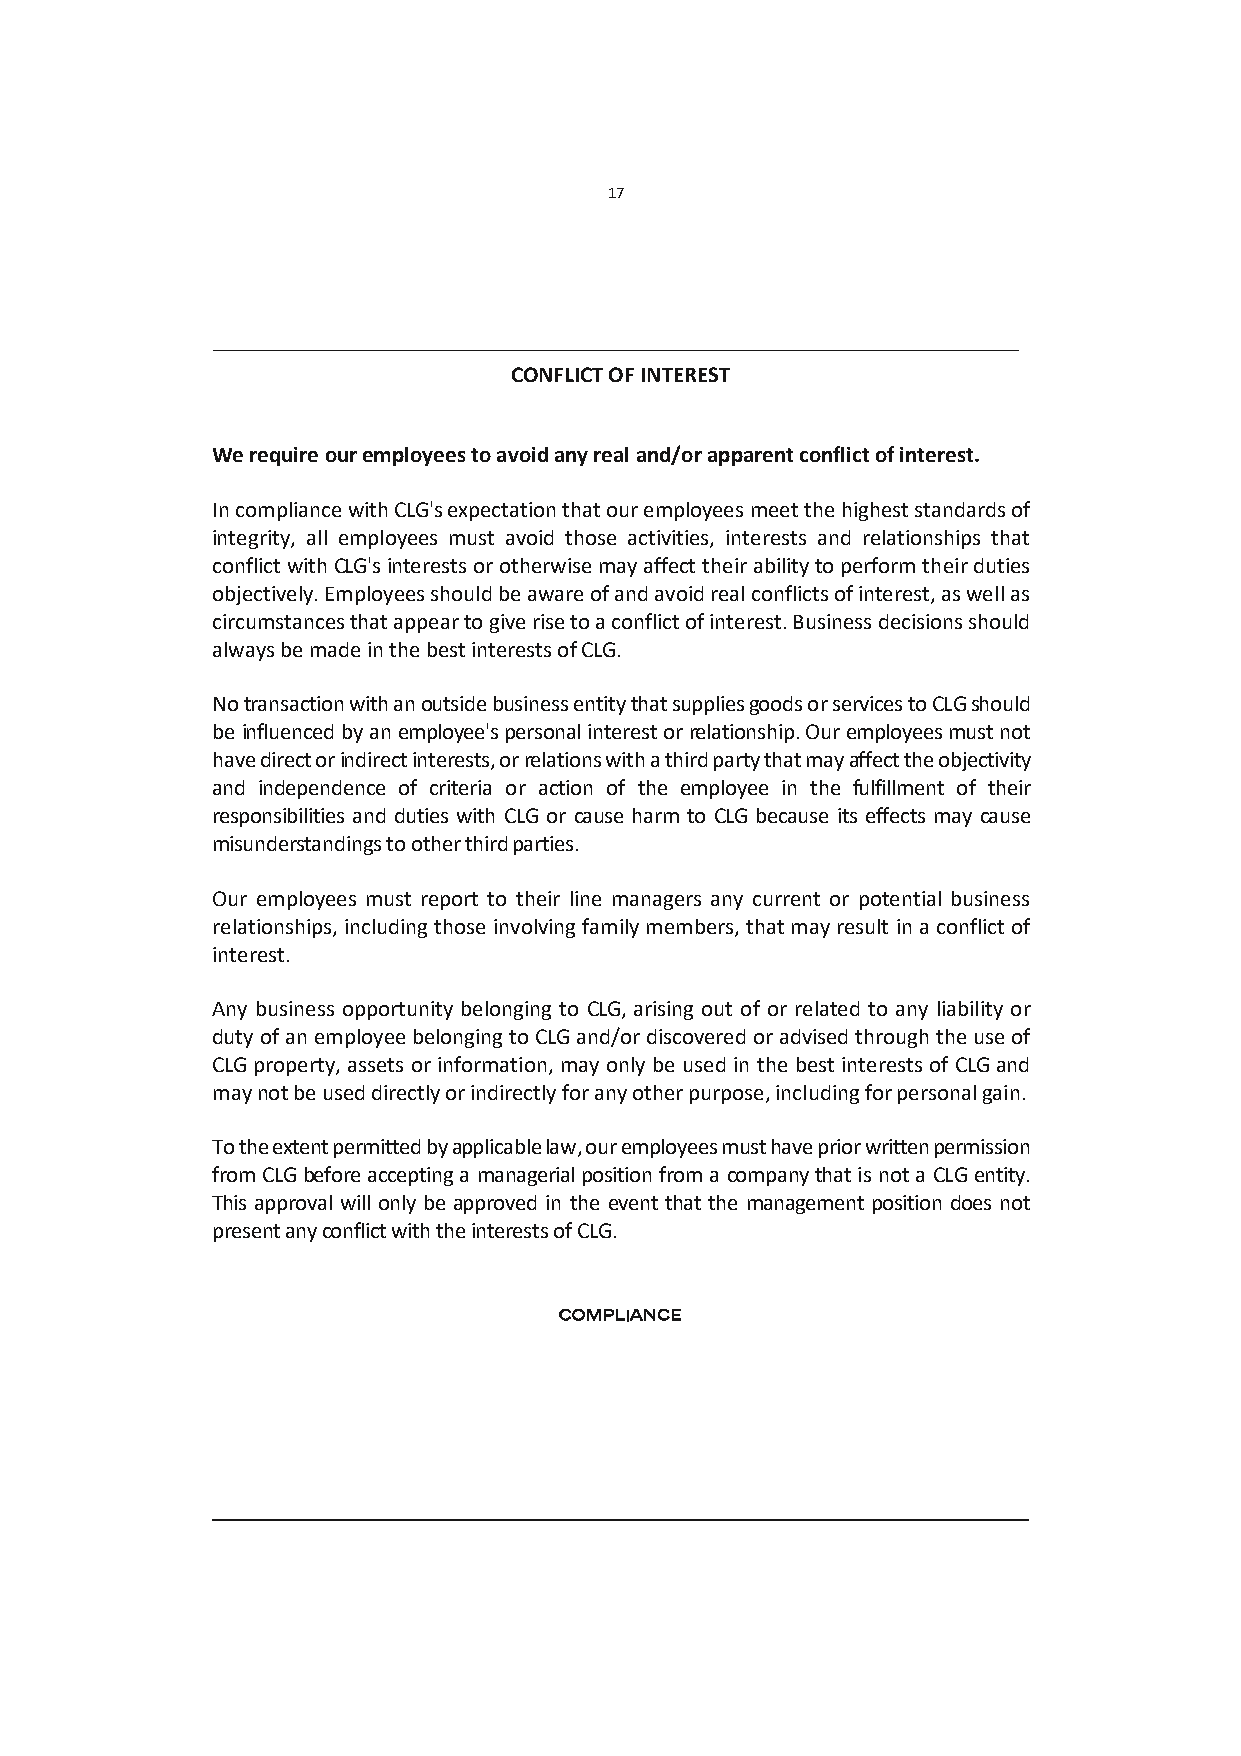
17
 CONFLICT OF INTEREST
 We require our employees to avoid any real and/or apparent conflict of interest.
 In compliance with CLG's expectation that our employees meet the highest standards of
 integrity, all employees must avoid those activities, interests and relationships that
 conflict with CLG's interests or otherwise may affect their ability to perform their duties
 objectively. Employees should be aware of and avoid real conflicts of interest, as well as
 circumstances that appear to give rise to a conflict of interest. Business decisions should
 always be made in the best interests of CLG.
 No transaction with an outside business entity that supplies goods or services to CLG should
 be influenced by an employee's personal interest or relationship. Our employees must not
 have direct or indirect interests, or relations with a third party that may affect the objectivity
 and independence of criteria or action of the employee in the fulfillment of their
 responsibilities and duties with CLG or cause harm to CLG because its effects may cause
 misunderstandings to other third parties.
 Our employees must report to their line managers any current or potential business
 relationships, including those involving family members, that may result in a conflict of
 interest.
 Any business opportunity belonging to CLG, arising out of or related to any liability or
 duty of an employee belonging to CLG and/or discovered or advised through the use of
 CLG property, assets or information, may only be used in the best interests of CLG and
 may not be used directly or indirectly for any other purpose, including for personal gain.
 To the extent permitted by applicable law, our employees must have prior written permission
 from CLG before accepting a managerial position from a company that is not a CLG entity.
 This approval will only be approved in the event that the management position does not
 present any conflict with the interests of CLG.